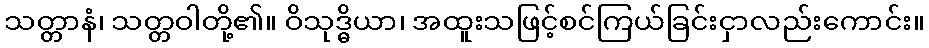
သတ္တာနံ၊ သတ္တဝါတို့၏။ ဝိသုဒ္ဓိယာ၊ အထူးသဖြင့်စင်ကြယ်ခြင်းငှာလည်းကောင်း။